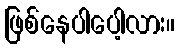
ဖြစ်နေပါပေါ့လား။